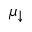
\mu _ { \downarrow }